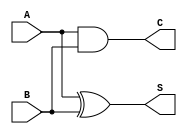
module half_adder (
input A,
input B,
output S,
output C
);
assign S = A ^B; 
assign C  = A & B;
endmodule 

module full_adder (
input in1,
input in2,
input cin,
output sum,
output cout
);

wire i1;
wire i2;
wire i3;

half_adder ha1 (
.A(in1), .B(in2), .S(i1), .C(i2)
);
half_adder ha2 (
.A(i1), .B(cin)  , .S(sum )  , .C(i3 ) 
);

assign cout = i2 | i3;
endmodule